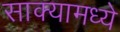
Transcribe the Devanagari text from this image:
साक्यामध्ये